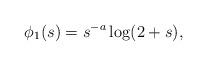
LaTeX: \begin{align*}\phi_1(s)=s^{-a}\log(2+s),\end{align*}